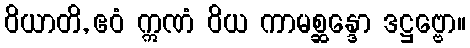
ဝိယာတိ, ဧဝံ ဣဏံ ဝိယ ကာမစ္ဆန္ဒော ဒဋ္ဌဗ္ဗော။